Summary of further report on surra
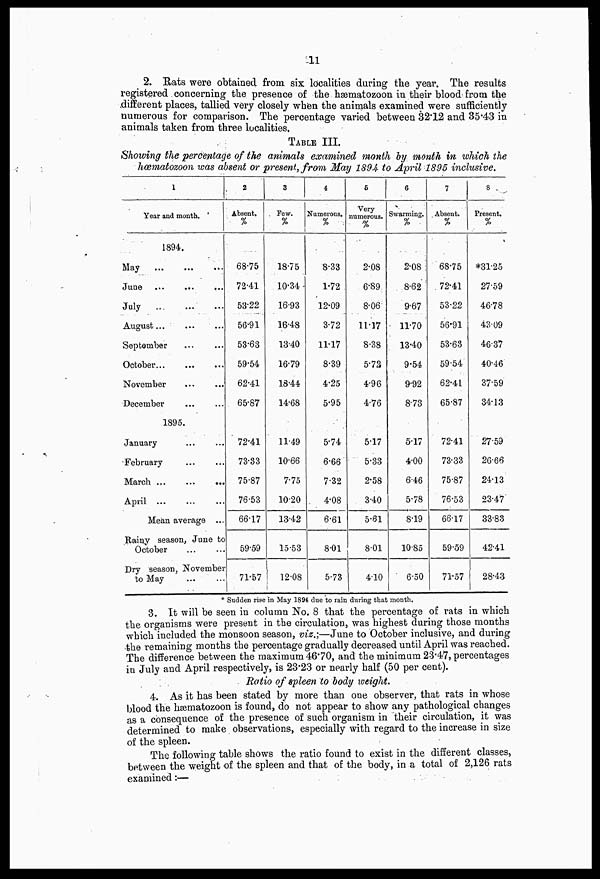
11
2. Rats were obtained from six localities during the year. The results
registered . concerning the presence of the hæmatozoon in their blood from the
different places, tallied very closely when the animals examined were sufficiently
numerous for comparison. The percentage varied between 32.12 and 35.43 in
animals taken from three localities.
TABLE III.
Showing the percentage of the animals examined month by month in which the
hæmatozoon was absent or present, from May 1894 to April 1895 inclusive.
1
Year and month.
1894.
May
June ...
...
...
July
August...
September
October
November
December
1895.
January
February
March ...
...
...
April
Mean average ...
Rainy season, June to
October
Dry season, November
to May
2
Absent.
%
68.75
72.41
53.22
56.91
53.63
59.54
62.41
65.87
72.41
73.33
75.87
76.53
66.17
59.59
71.57
3
Few.
%
18-75
10.34
16.93
16.48
13.40
16.79
18.44
14.68
11.49
10.66
7.75
10.20
13.42
15.53
12.08
4
Numerous.
%
8.33
1.72
12.09
3.72
11.17
8.39
4.25
5.95
5.74
6.66
7.32
4.08
6.61
8.01
5.73
5
Very-
numerous.
%
2.08
6.89
8.06
11.17
8.38
5.72
4.96
4.76
5.17
5.33
2.58
3.40
5.61
801
4.10
6
Swarming.
%
2.08
8.62
9.67
11.70
13.40
9.54
9.92
8.73
517
4.00
6.46
5.78
8.19
1085
6.50
7
Absent.
%
68.75
72.41
53.22
56.91
53.63
59.54
62.41
65.87
72.41
73.33
75.87
76.53
66.17
59.59
71.57
8
Present.
%
*31.25
27.59
46.78
43.09
46.37
40 46
37.59
34.13
27.59
26.66
24.13
23.47
33.83
42.41
28.43
* Sudden rise in May 1894 due to rain during that month.
3. It will be seen in column No. 8 that the percentage of rats in which
the organisms were present in the circulation, was highest during those months
which included the monsoon season, viz.;—June to October inclusive, and during
-the remaining months the percentage gradually decreased until April was reached.
The difference between the maximum 46.70, and the minimum 23.47, percentages
in July and April respectively, is 23.23 or nearly half (50 per cent).
Ratio of spleen to body weight.
4. As it has been stated by more than one observer, that rats in whose
blood the hæmatozoon is found, do not appear to show any pathological changes
as a consequence of the presence of such organism in their circulation, it was
determined to make observations, especially with regard to the increase in size
of the spleen.
The following table shows the ratio found to exist in the different classes,
between the weight of the spleen and that of the body, in a total of 2,126 rats
examined:—